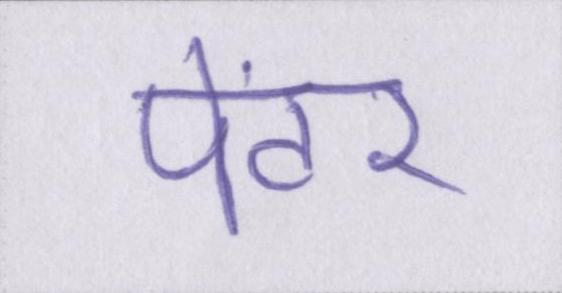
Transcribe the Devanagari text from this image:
पेंटर